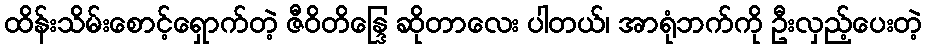
ထိန်းသိမ်းစောင့်ရှောက်တဲ့ ဇီဝိတိန္ဒြေ ဆိုတာလေး ပါတယ်၊ အာရုံဘက်ကို ဦးလှည့်ပေးတဲ့